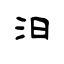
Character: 汩